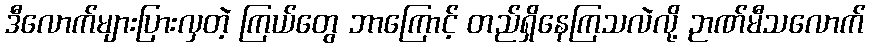
ဒီလောက်များပြားလှတဲ့ ကြယ်တွေ ဘာကြောင့် တည်ရှိနေကြသလဲလို့ ဉာဏ်မီသလောက်